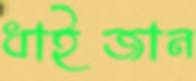
ধাইজান